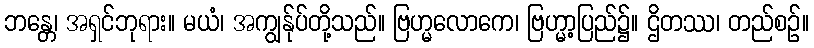
ဘန္တေ၊ အရှင်ဘုရား။ မယံ၊ အကျွန်ုပ်တို့သည်။ ဗြဟ္မလောကေ၊ ဗြဟ္မာ့ပြည်၌။ ဌိတဿ၊ တည်စဉ်။